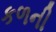
કળની